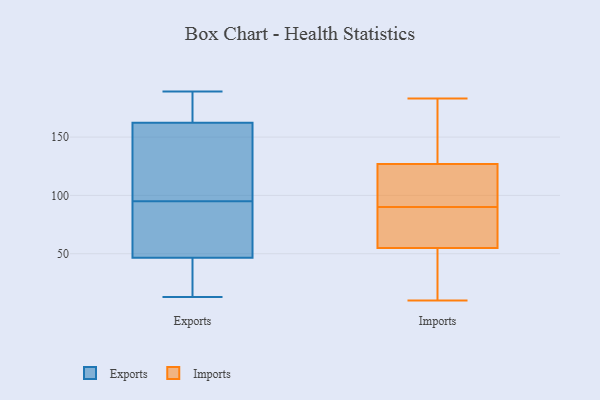
{"axis": {"x": "Website Visitors", "y": "Value"}, "legend": ["Exports", "Imports"], "data": [{"x": "", "y": 97, "type": "Exports"}, {"x": "", "y": 184, "type": "Exports"}, {"x": "", "y": 13, "type": "Exports"}, {"x": "", "y": 39, "type": "Exports"}, {"x": "", "y": 18, "type": "Exports"}, {"x": "", "y": 189, "type": "Exports"}, {"x": "", "y": 79, "type": "Exports"}, {"x": "", "y": 126, "type": "Exports"}, {"x": "", "y": 172, "type": "Exports"}, {"x": "", "y": 49, "type": "Exports"}, {"x": "", "y": 53, "type": "Exports"}, {"x": "", "y": 95, "type": "Exports"}, {"x": "", "y": 159, "type": "Exports"}, {"x": "", "y": 47, "type": "Imports"}, {"x": "", "y": 155, "type": "Imports"}, {"x": "", "y": 94, "type": "Imports"}, {"x": "", "y": 55, "type": "Imports"}, {"x": "", "y": 86, "type": "Imports"}, {"x": "", "y": 35, "type": "Imports"}, {"x": "", "y": 164, "type": "Imports"}, {"x": "", "y": 183, "type": "Imports"}, {"x": "", "y": 127, "type": "Imports"}, {"x": "", "y": 10, "type": "Imports"}, {"x": "", "y": 104, "type": "Imports"}, {"x": "", "y": 59, "type": "Imports"}, {"x": "", "y": 68, "type": "Imports"}, {"x": "", "y": 108, "type": "Imports"}]}